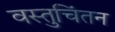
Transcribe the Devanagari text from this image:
वस्तुचिंतन